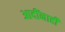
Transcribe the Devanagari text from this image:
आदींनाही